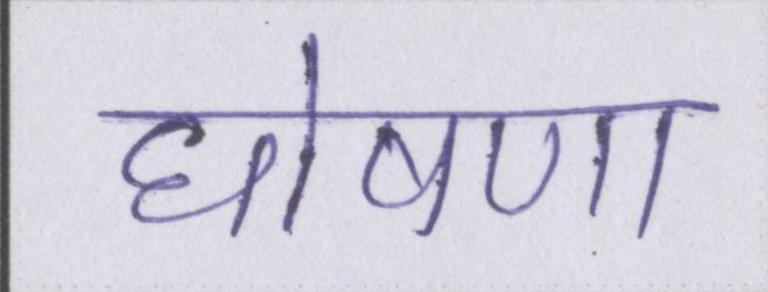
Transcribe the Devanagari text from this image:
घोषणा